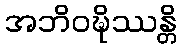
အဘိဝဍ္ဎိဿန္တိ